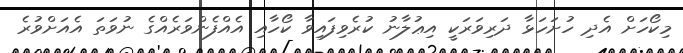
މިކޯހަށް އެދި ހުށަހަޅާ ދަރިވަރަކީ އިޢުލާނު ކުރެވިފައިވާ ކޯހާއި އެއްފެންވަރެއްގެ ނުވަތަ އެއަށްވުރެ